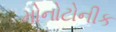
મોનોટોનીક